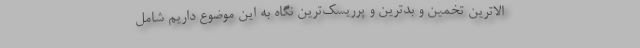
الاترین تخمین و بدترین و پرریسک‌ترین نگاه به این موضوع داریم شامل